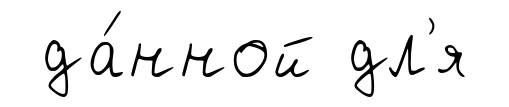
да́нной дл'я